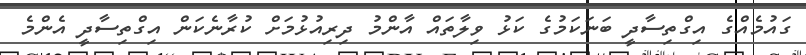
ގައުމެއްގެ އިގްތިސާދީ ބަނަކަމުގެ ކަޅު ވިލާތައް އާންމު ދިރިއުޅުމަށް ކުރާނެކަން އިގްތިސާދީ އެންމެ